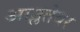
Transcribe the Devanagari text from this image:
आम्लतेवर